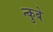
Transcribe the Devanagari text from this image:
न्कुबे